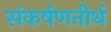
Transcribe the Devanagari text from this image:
संकर्षणतीर्थ